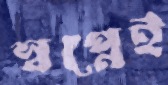
স্বপ্নেই